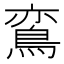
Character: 鵉